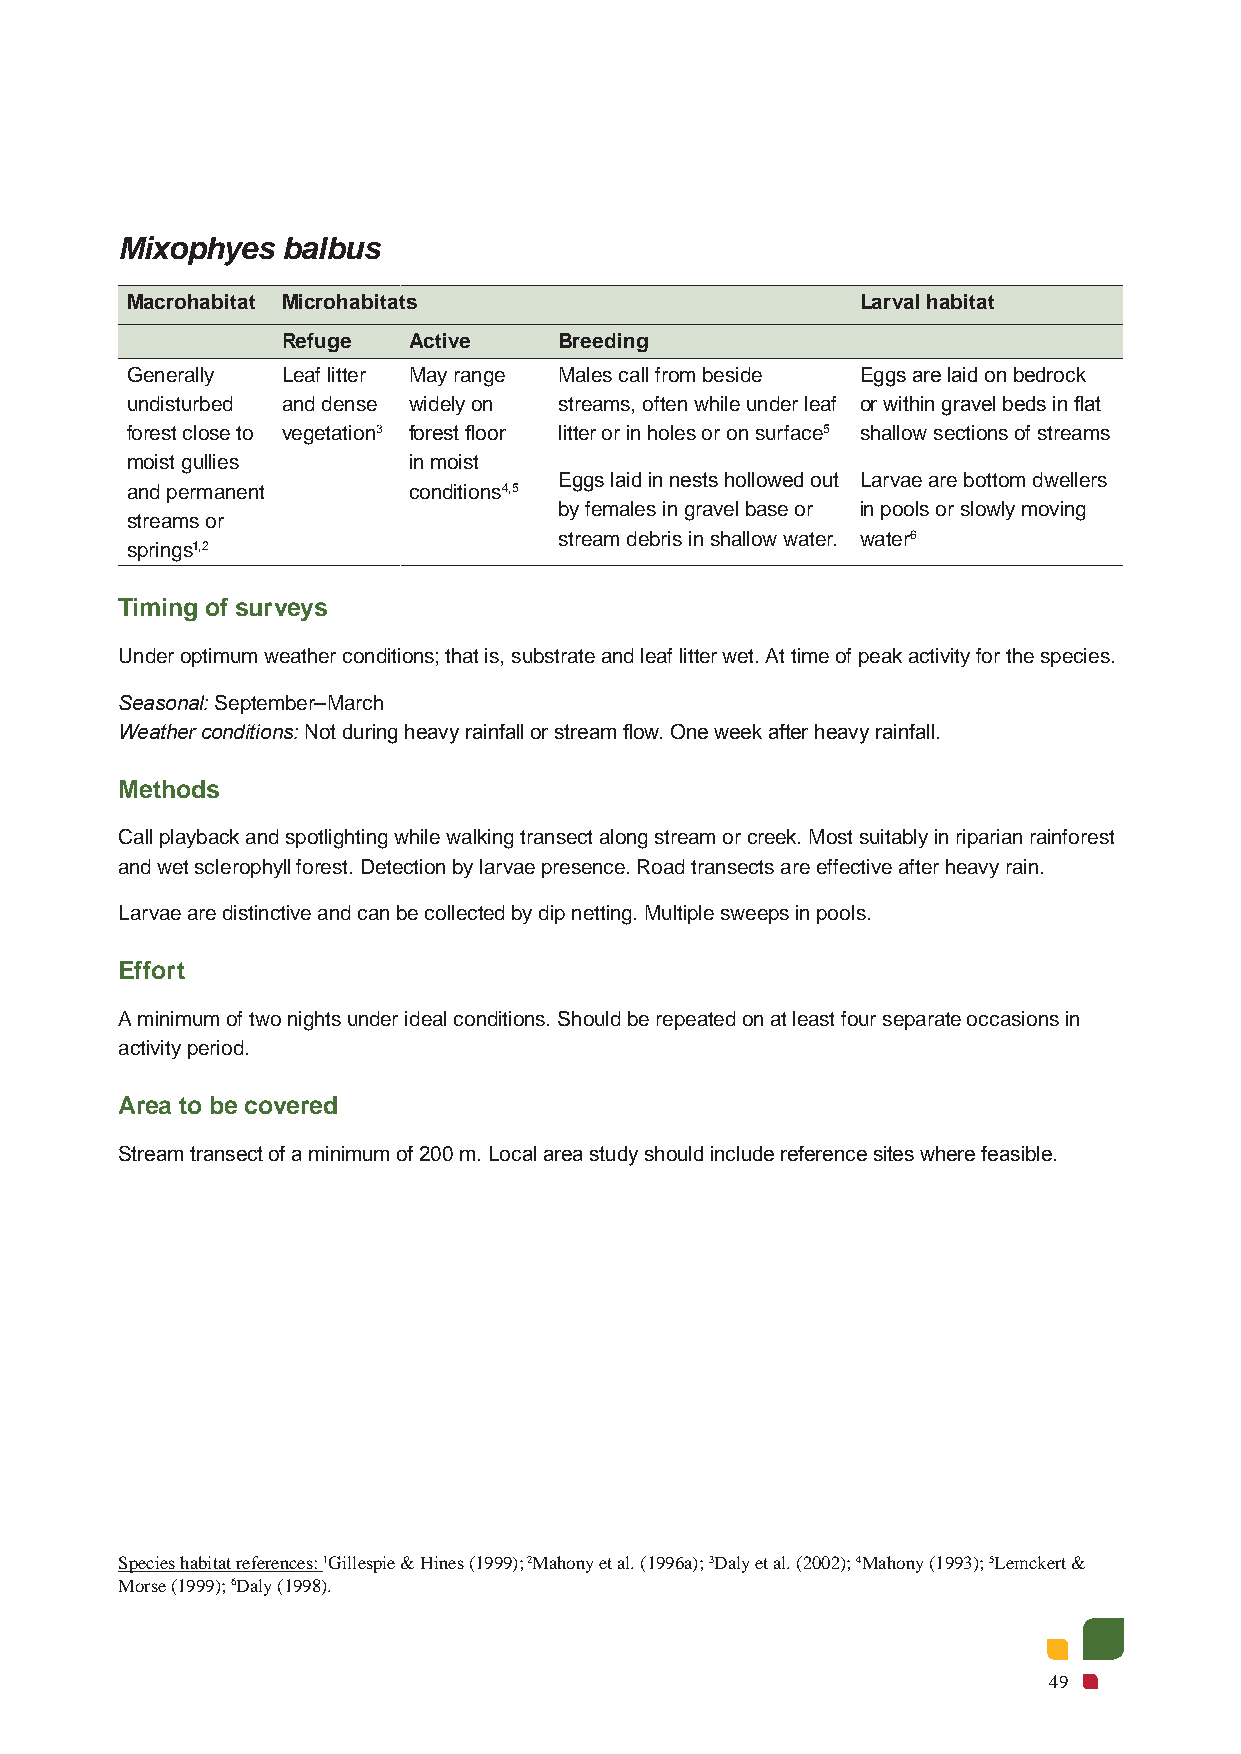
Mixophyes  balbus
 Macrohabitat Microhabitats                       Larval habitat
 Refuge  Active    Breeding
 Generally  Leaf litter May range Males call from beside Eggs are laid on bedrock
 undisturbed and dense widely on streams, often while under leaf or within gravel beds in flat
 forest close to vegetation3 forest floor litter or in holes or on surface5 shallow sections of streams
 moist gullies      in moist
 Eggs laid in nests hollowed out Larvae are bottom dwellers
 and permanent      conditions4,5
 by females in gravel base or in pools or slowly moving
 streams or
 stream debris in shallow water. water6
 springs1,2
 Timing of surveys
 Under optimum weather conditions; that is, substrate and leaf litter wet. At time of peak activity for the species.
 Seasonal: September–March
 Weather conditions: Not during heavy rainfall or stream flow. One week after heavy rainfall.
 Methods
 Call playback and spotlighting while walking transect along stream or creek. Most suitably in riparian rainforest
 and wet sclerophyll forest. Detection by larvae presence. Road transects are effective after heavy rain.
 Larvae are distinctive and can be collected by dip netting. Multiple sweeps in pools.
 Effort
 A minimum of two nights under ideal conditions. Should be repeated on at least four separate occasions in
 activity period.
 Area to be covered
 Stream transect of a minimum of 200 m. Local area study should include reference sites where feasible.
 Species habitat references: 1Gillespie & Hines (1999); 2Mahony et al. (1996a); 3Daly et al. (2002); 4Mahony (1993); 5Lemckert &
 Morse (1999); 6Daly (1998).
 49